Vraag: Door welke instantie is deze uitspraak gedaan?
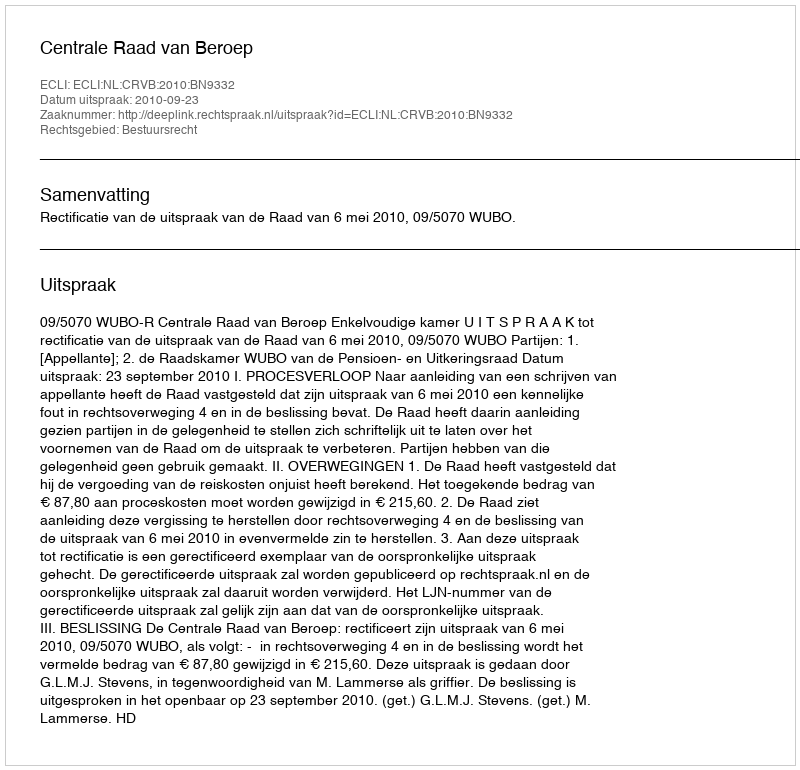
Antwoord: Centrale Raad van Beroep